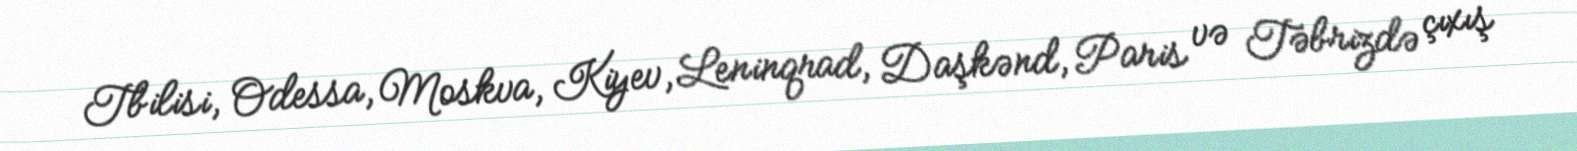
Tbilisi, Odessa, Moskva, Kiyev, Leninqrad, Daşkənd, Paris və Təbrizdə çıxış